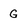
Character: G